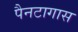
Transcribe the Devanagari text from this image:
पैनटागास